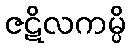
ဇဋိလကမ္ပိ